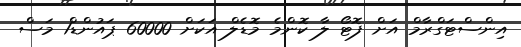
އިންސްޓަގްރާމް އަށް ފޮޓޯ ލާ ކޮންމެ މޮޑެލް އަކަށް 60000 ޕައުންޑް1 މަސް